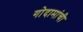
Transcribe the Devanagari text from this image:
गोदामांची